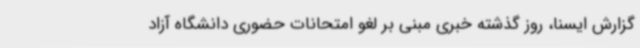
گزارش ایسنا، روز گذشته خبری مبنی بر لغو امتحانات حضوری دانشگاه آزاد